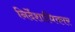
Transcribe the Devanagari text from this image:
निर्देशाधिकार